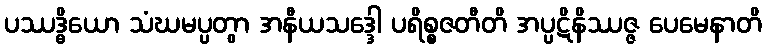
ပဿဒ္ဓိယော သံဃမပ္ပတွာ အနီယသဒ္ဒေါ ပရိစ္စဇတီတိ အပ္ပဋိနိဿဇ္ဇ ပေမေနာတိ